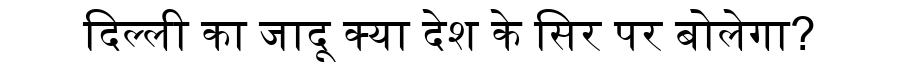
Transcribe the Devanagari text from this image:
दिल्ली का जादू क्या देश के सिर पर बोलेगा?